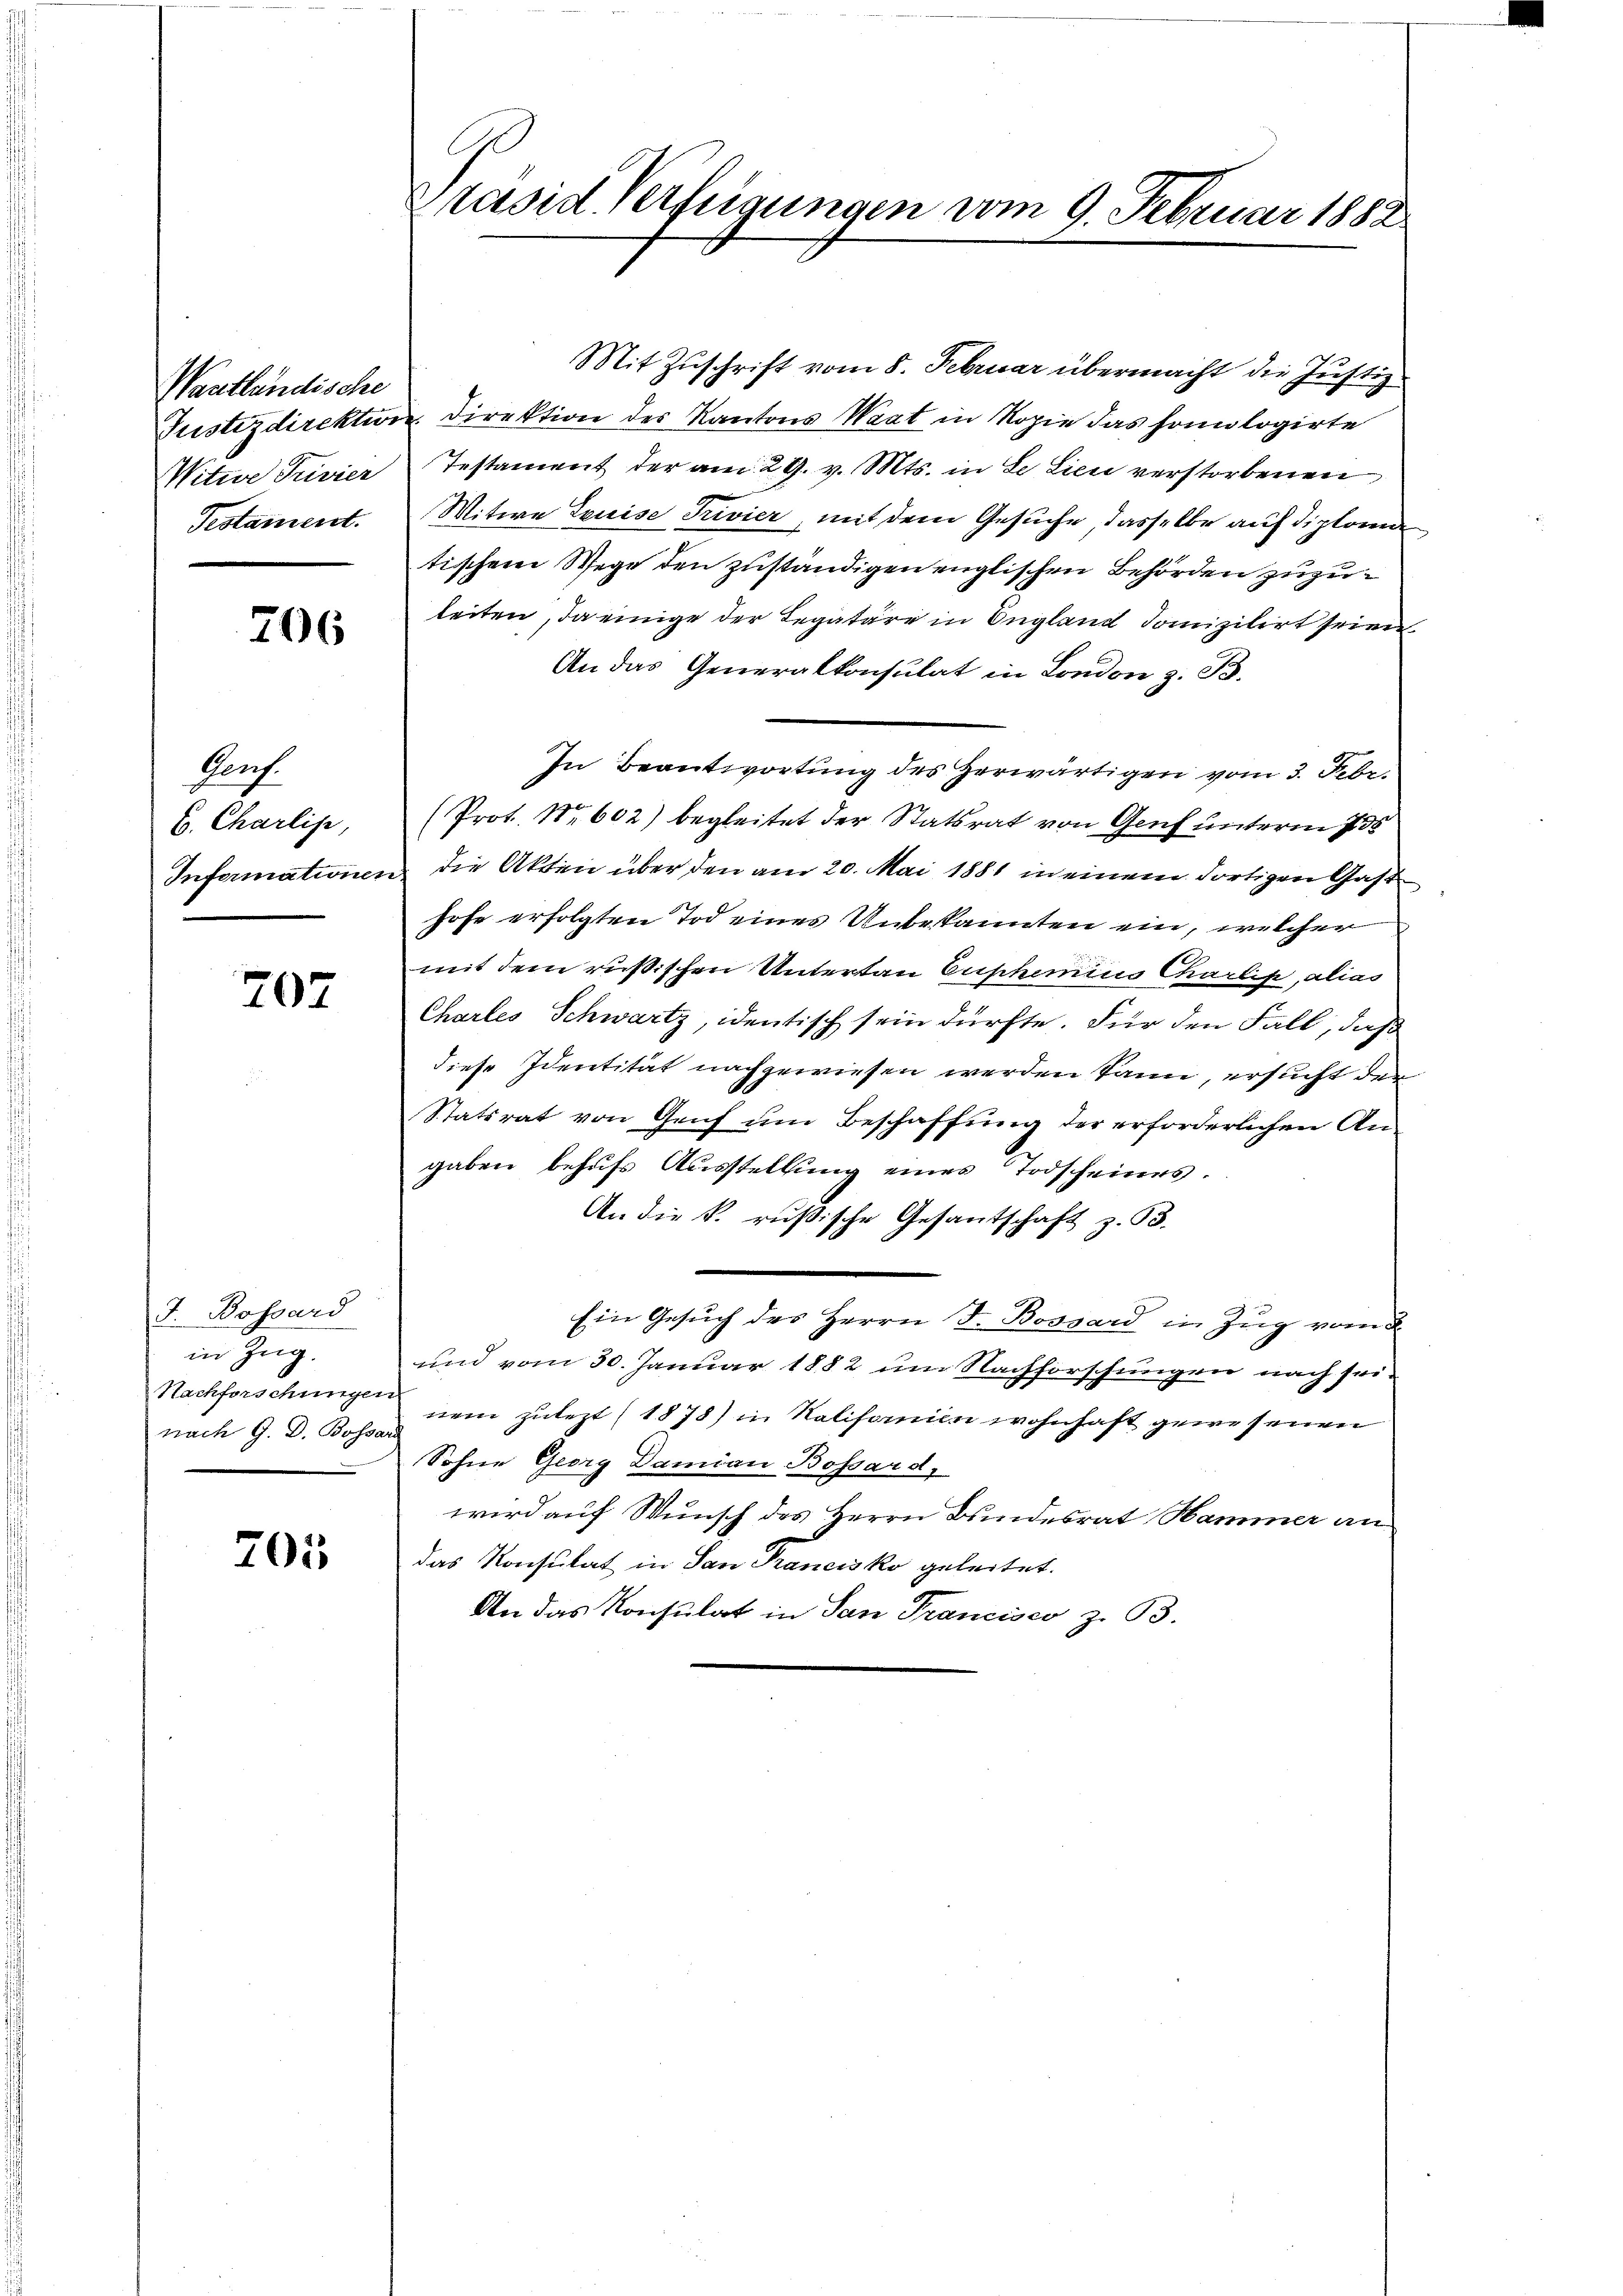
Wantländische
Witwe Privier
Testament.

706

Porf.
6. Charlipe,
Informationen

707

J. Bossard
in Zug.
Nachforschungen
nach G. D. Bossar

201

Präsid. Verfügungen vom 9. Februar 1882

Mit Zuschrift vom 8. Februar übermacht die Justiz
Justizdirektion. Direktion des Kantons Waat in Kopie das homologirte
Testament der am 29. v. Mts. in Se Lien verstorbenen
Witwe Louise Trivier, mit dem Gesuche dasselbe auf diplome
tischem Wege den zuständigen englischen Behörden zuzuleiten, da einige der Legatare in England domizilirt seien,
An das Generalkonsulat in London z. B.
In Beantwortung des Herwärtigen vom 3. Febr.
(Prot. No 602) begleitet der Statsrat von Genf unterm 735
die Akten über den am 20. Mai 1881 in einem dortigen Gast
hofe erfolgten Tod eines Unbekannten ein, welcher
mt dem rusischen Untertau Euphemius Charlis, alias
Charles Schwartz, identisch sein dürfte. Für den Fall, daß
diese Identität nachgewiesen werden kann, ersucht der
Statsrat von Genf um Beschaffung der erforderlichen Angaben behufs Ausstellung eines Todscheines.
An die k. rusische Gesantschaft z. B.
Ein Gesuch des Herrn J. Bossard in Zug vom
und vom 30. Januar 1882 um Nachforschungen nach sei-
nem zulezt 1878) in Kalifornien wohnhaft gewesenen
Sohne Georg Damian Bossard,
wird auf Wunsch des Herrn Bundesrat Hammer an
das Konsulat in San Francisko geleitet.
An das Konsulat in San Francisco z. B.